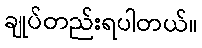
ချုပ်တည်းရပါတယ်။